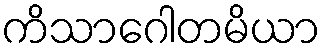
ကိသာဂေါတမိယာ